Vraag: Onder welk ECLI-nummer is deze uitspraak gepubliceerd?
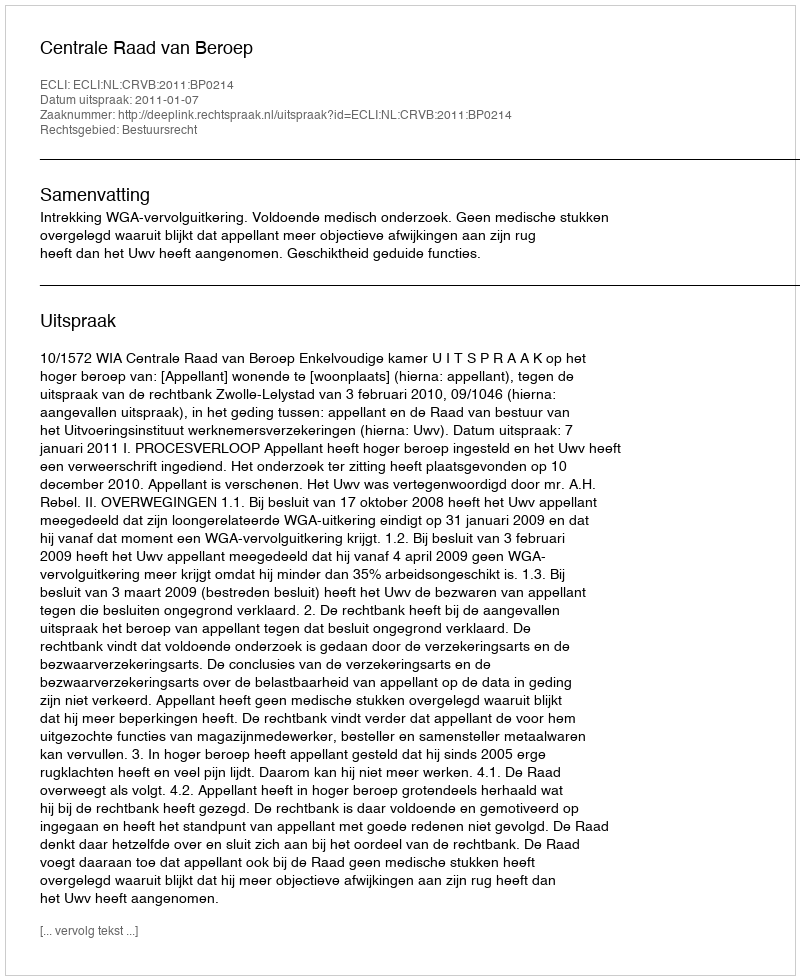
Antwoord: ECLI:NL:CRVB:2011:BP0214